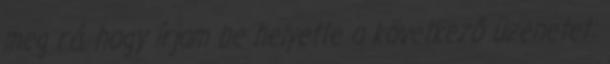
meg rá, hogy írjam be helyette a következő üzenetet: